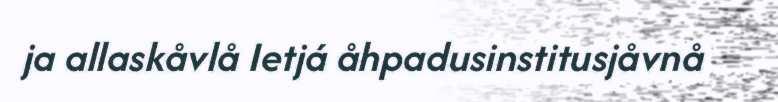
ja allaskåvlå Ietjá åhpadusinstitusjåvnå